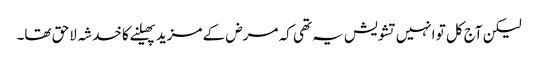
لیکن آج کل تو انہیں تشویش یہ تھی کہ مرض کے مزید پھیلنے کا خدشہ لاحق تھا۔